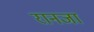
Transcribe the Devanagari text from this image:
रानजा